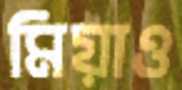
মিয়াও